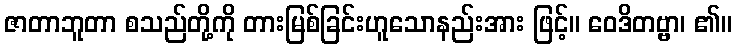
ဇာတာဘူတာ စသည်တို့ကို တားမြစ်ခြင်းဟူသောနည်းအား ဖြင့်။ ဝေဒိတဗ္ဗာ၊ ၏။